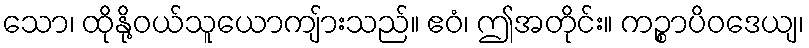
သော၊ ထိုနို့ဝယ်သူယောကျ်ားသည်။ ဧဝံ၊ ဤအတိုင်း။ ကဉ္စာပိဝဒေယျ၊